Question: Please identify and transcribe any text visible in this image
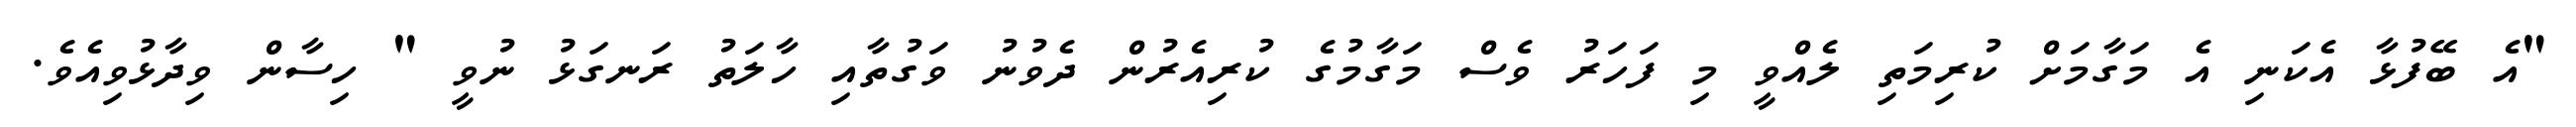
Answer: "އެ ބޭފުޅާ އެކަނި އެ މަގާމަށް ކުރިމަތި ލެއްވީ މި ފަހަރު ވެސް މަގާމުގެ ކުރިއެރުން ދެވުނު ވަގުތާއި ހާލަތު ރަނގަޅު ނުވީ " ހިސާން ވިދާޅުވިއެވެ.